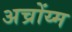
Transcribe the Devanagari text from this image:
अच्रोंय्म